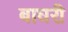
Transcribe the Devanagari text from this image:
बाघरी